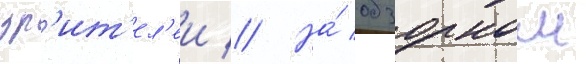
зр'ит'ел'еи // На́ обзорном